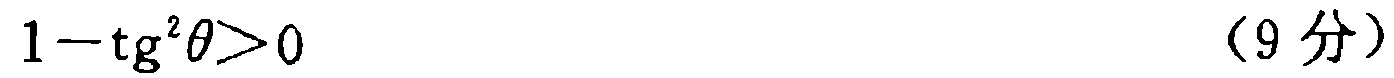
\(1 - \mathrm{tg}^{2}\theta>0\) （9分）